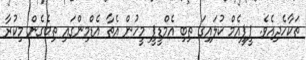
ތަކާހެދިއެވެ. ޕީޕީއެމް ކުލައިގަ ތިބި އެމްޑީޕީ މީހުން އެތާ އެޑްމިންގައި ތިބެގެން މިކުރާ